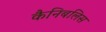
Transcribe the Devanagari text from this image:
कैनिबलिस